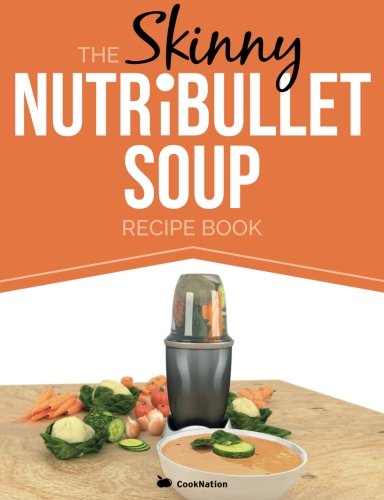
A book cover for The Skinny NUTRiBULLET Soup Recipe Book: Delicious, Quick & Easy, Single Serving Soups & Pasta Sauces For Your Nutribullet.  All Under 100, 200, 300 & 400 Calories.; CookNation; Cookbooks, Food & Wine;